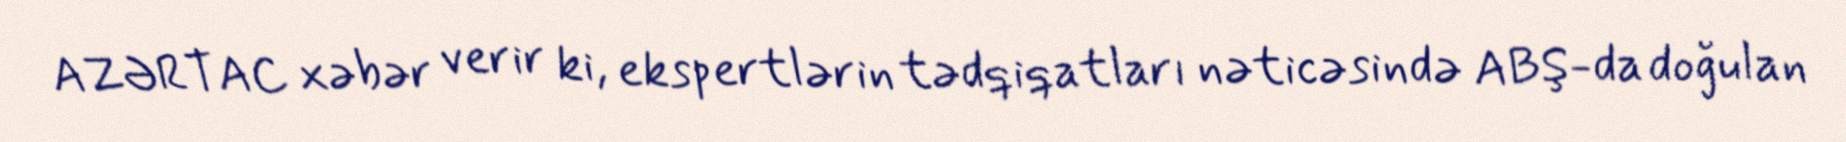
AZƏRTAC xəbər verir ki, ekspertlərin tədqiqatları nəticəsində ABŞ-da doğulan